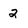
Character: 2